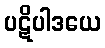
ပဋိပါဒယေ